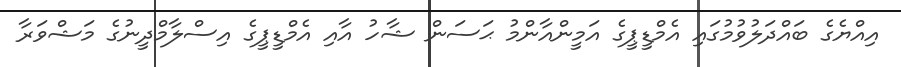
އިއްޔެގެ ބައްދަލުވުމުގައި އެމްޑީޕީގެ އަމީންއާންމު ޙަސަން ޝާހު އާއި އެމްޑީޕީގެ އިސްލާމްދީނުގެ މަޝްވަރާ